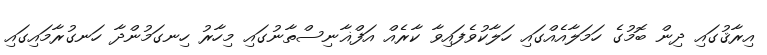
އިރާޤުގައި ދިން ބޮމުގެ ހަމަލާއެއްގައި ހަލާކުވެފައިވާ ކާރެއް އަފްޣާނިސްތާނުގައި މިހާރު ހިނގަމުންދާ ހަނގުރާމައިގައި